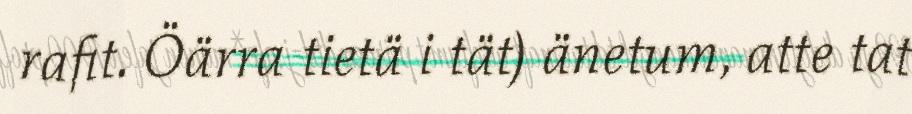
rafit. Öärra tietä i tät) änetum, atte tat